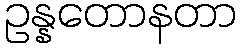
ဥန္နတောနတာ